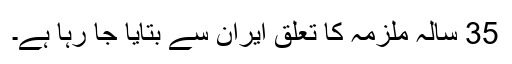
35 سالہ ملزمہ کا تعلق ایران سے بتایا جا رہا ہے۔